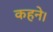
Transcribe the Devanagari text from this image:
कहने।